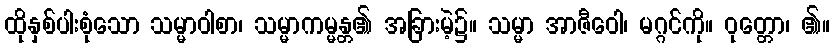
ထိုနှစ်ပါးစုံသော သမ္မာဝါစာ၊ သမ္မာကမ္မန္တ၏ အခြားမဲ့၌။ သမ္မာ အာဇီဝေါ၊ မဂ္ဂင်ကို။ ဝုတ္တော၊ ၏။